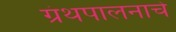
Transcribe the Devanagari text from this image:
ग्रंथपालनाचे